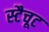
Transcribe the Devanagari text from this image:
स्टैचूट